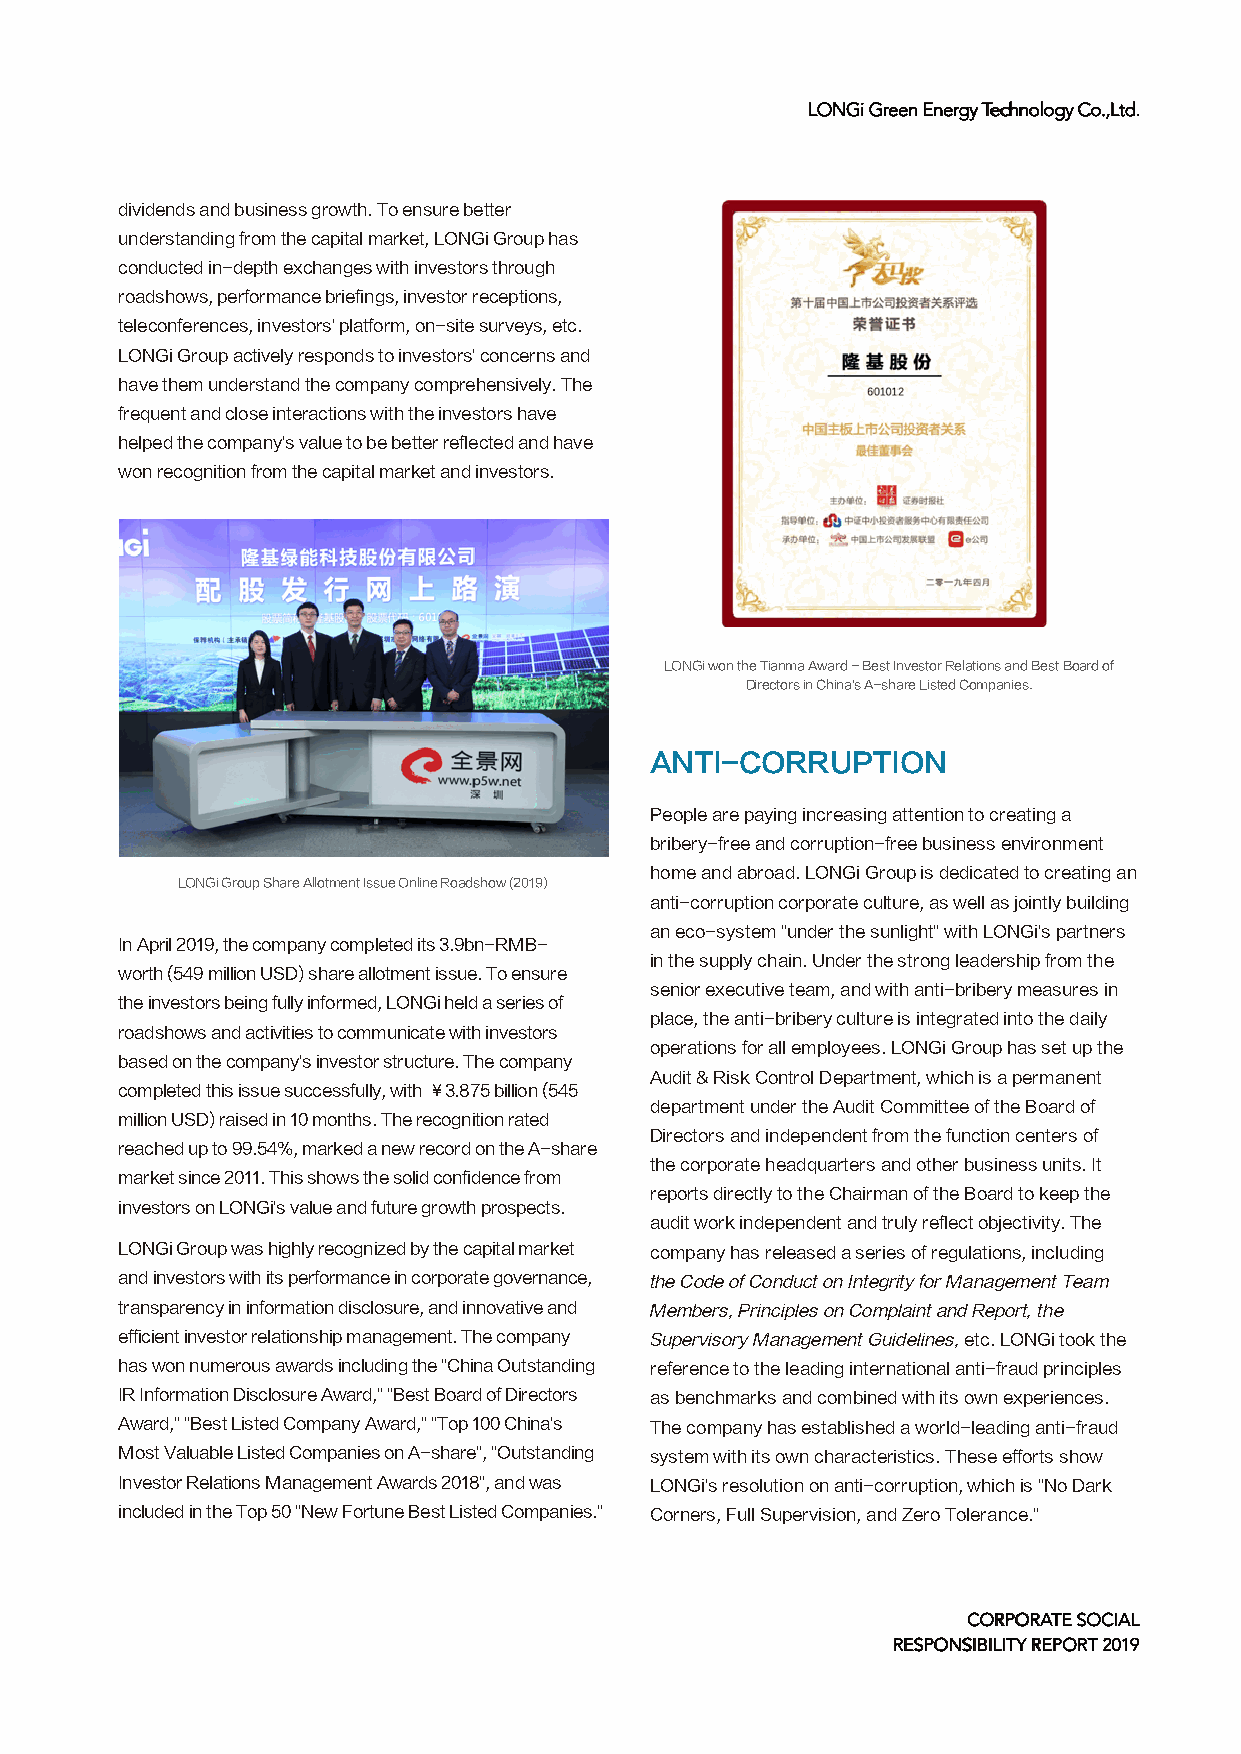
LLOONNGGii GGrreeeenn EEnneerrggyy TTeecchhnnoollooggyy CCoo..,,LLttdd..
 dividends and business growth. To ensure better
 understanding from the capital market, LONGi Group has
 conducted in-depth exchanges with investors through
 roadshows, performance briefings, investor receptions,
 teleconferences, investors' platform, on-site surveys, etc.
 LONGi Group actively responds to investors' concerns and
 have them understand the company comprehensively. The
 frequent and close interactions with the investors have
 helped the company's value to be better reflected and have
 won recognition from the capital market and investors.
 LONGi won the Tianma Award - Best Investor Relations and Best Board of
 Directors in China's A-share Listed Companies.
 ANTI-CORRUPTION
 People are paying increasing attention to creating a
 bribery-free and corruption-free business environment
 home and abroad. LONGi Group is dedicated to creating an
 LONGi Group Share Allotment Issue Online Roadshow (2019)
 anti-corruption corporate culture, as well as jointly building
 an eco-system "under the sunlight" with LONGi's partners
 In April 2019, the company completed its 3.9bn-RMB-
 in the supply chain. Under the strong leadership from the
 worth (549 million USD) share allotment issue. To ensure
 senior executive team, and with anti-bribery measures in
 the investors being fully informed, LONGi held a series of
 place, the anti-bribery culture is integrated into the daily
 roadshows and activities to communicate with investors
 operations for all employees. LONGi Group has set up the
 based on the company's investor structure. The company
 Audit & Risk Control Department, which is a permanent
 completed this issue successfully, with ¥3.875 billion (545
 department under the Audit Committee of the Board of
 million USD) raised in 10 months. The recognition rated
 Directors and independent from the function centers of
 reached up to 99.54%, marked a new record on the A-share
 the corporate headquarters and other business units. It
 market since 2011. This shows the solid confidence from
 reports directly to the Chairman of the Board to keep the
 investors on LONGi's value and future growth prospects.
 audit work independent and truly reflect objectivity. The
 LONGi Group was highly recognized by the capital market company has released a series of regulations, including
 and investors with its performance in corporate governance, the Code of Conduct on Integrity for Management Team
 transparency in information disclosure, and innovative and Members, Principles on Complaint and Report, the
 efficient investor relationship management. The company Supervisory Management Guidelines, etc. LONGi took the
 has won numerous awards including the "China Outstanding reference to the leading international anti-fraud principles
 IR Information Disclosure Award," "Best Board of Directors as benchmarks and combined with its own experiences.
 Award," "Best Listed Company Award," "Top 100 China's The company has established a world-leading anti-fraud
 Most Valuable Listed Companies on A-share", "Outstanding system with its own characteristics. These efforts show
 Investor Relations Management Awards 2018", and was LONGi's resolution on anti-corruption, which is "No Dark
 included in the Top 50 "New Fortune Best Listed Companies." Corners, Full Supervision, and Zero Tolerance."
 CCOORRPPOORRAATTEE SSOOCCIIAALL
 RREESSPPOONNSSIIBBIILLIITTYY RREEPPOORRTT 22001199